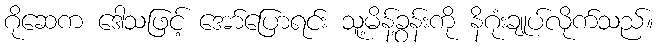
ဂိုဆေက ဒေါသဖြင့် အော်ပြောရင်း သူ့မိန့်ခွန်းကို နိဂုံးချုပ်လိုက်သည်။